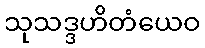
သုသဒ္ဒဟိတံယေဝ